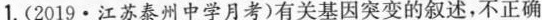
1.(2019·江苏泰州中学月考)有关基因突变的叙述，不正确